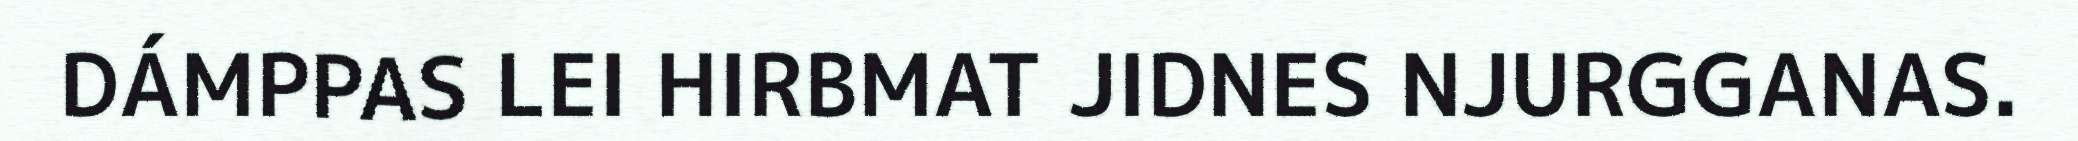
DÁMPPAS LEI HIRBMAT JIDNES NJURGGANAS.